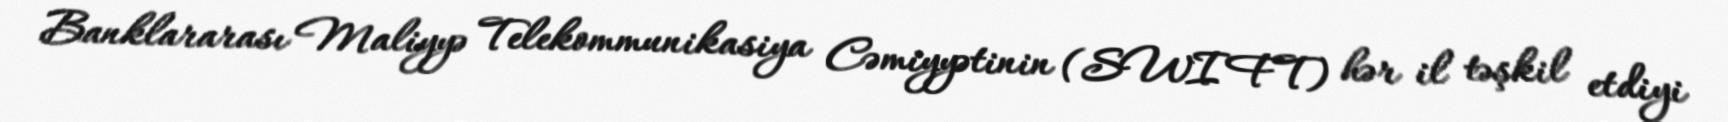
Banklararası Maliyyə Telekommunikasiya Cəmiyyətinin (SWIFT) hər il təşkil etdiyi